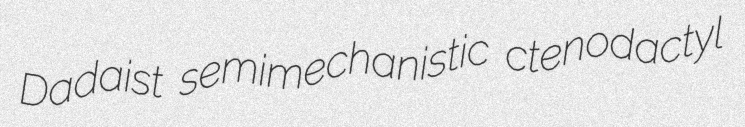
Dadaist semimechanistic ctenodactyl